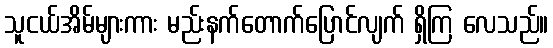
သူငယ်အိမ်များကား မည်းနက်တောက်ပြောင်လျက် ရှိကြ လေသည်။